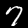
Label: 7